Lunatic asylums Bombay report 1891-1903 - 1891-1903
Year: 1891
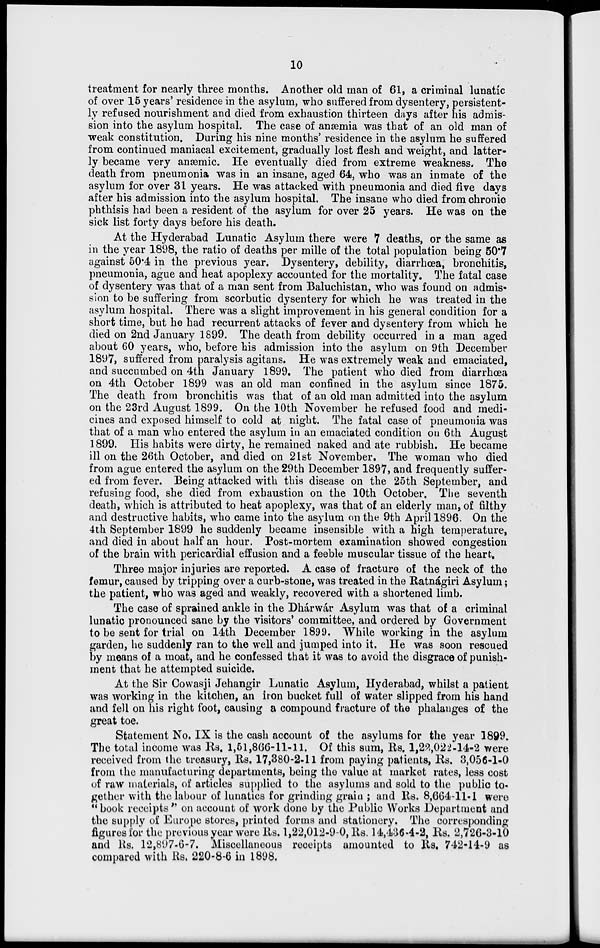
10
treatment for nearly three months. Another old man of 61, a criminal lunatic
of over 15 years' residence in the asylum, who suffered from dysentery, persistent-
ly refused nourishment and died from exhaustion thirteen days after his admis-
sion into the asylum hospital. The case of anæmia was that of an old man of
weak constitution. During his nine months' residence in the asylum he suffered
from continued maniacal excitement, gradually lost flesh and weight, and latter-
ly became very anæmic. He eventually died from extreme weakness. The
death from pneumonia was in an insane, aged 64, who was an inmate of the
asylum for over 31 years. He was attacked with pneumonia and died five days
after his admission into the asylum hospital. The insane who died from chronic
phthisis had been a resident of the asylum for over 25 years. He was on the
sick list forty days before his death.
At the Hyderabad Lunatic Asylum there were 7 deaths, or the same as
in the year 1898, the ratio of deaths per mille of the total population being 50.7
against 50.4 in the previous year. Dysentery, debility, diarrhœa, bronchitis,
pneumonia, ague and heat apoplexy accounted for the mortality. The fatal case
of dysentery was that of a man sent from Baluchistan, who was found on admis-
sion to be suffering from scorbutic dysentery for which he was treated in the
asylum hospital. There was a slight improvement in his general condition for a
short time, but he had recurrent attacks of fever and dysentery from which he
died on 2nd January 1899. The death from debility occurred in a man aged
about 60 years, who, before his admission into the asylum on 9th December
1897, suffered from paralysis agitans. He was extremely weak and emaciated,
and succumbed on 4th January 1899. The patient who died from diarrhœa
on 4th October 1899 was an old man confined in the asylum since 1875.
The death from bronchitis was that of an old man admitted into the asylum
on the 23rd August 1899. On the 10th November he refused food and medi-
cines and exposed himself to cold at night. The fatal case of pneumonia was
that of a man who entered the asylum in an emaciated condition on 6th August
1899. His habits were dirty, he remained naked and ate rubbish. He became
ill on the 26th October, and died on 21st November. The woman who died
from ague entered the asylum on the 29th December 1897, and frequently suffer-
ed from fever. Being attacked with this disease on the 25th September, and
refusing food, she died from exhaustion on the 10th October. The seventh
death, which is attributed to heat apoplexy, was that of an elderly man, of filthy
and destructive habits, who came into the asylum on the 9th April 1896. On the
4th September 1899 he suddenly became insensible with a high temperature,
and died in about half an hour. Post-mortem examination showed congestion
of the brain with pericardial effusion and a feeble muscular tissue of the heart.
Three major injuries are reported. A case of fracture of the neck of the
femur, caused by tripping over a curb-stone, was treated in the Ratnágiri Asylum ;
the patient, who was aged and weakly, recovered with a shortened limb.
The case of sprained ankle in the Dhárwár Asylum was that of a criminal
lunatic pronounced sane by the visitors' committee, and ordered by Government
to be sent for trial on 14th December 1899. While working in the asylum
garden, he suddenly ran to the well and jumped into it. He was soon rescued
by means of a moat, and he confessed that it was to avoid the disgrace of punish-
ment that he attempted suicide.
At the Sir Cowasji Jehangir Lunatic Asylum, Hyderabad, whilst a patient
was working in the kitchen, an iron bucket full of water slipped from his hand
and fell on his right foot, causing a compound fracture of the phalanges of the
great toe.
Statement No. IX is the cash account of the asylums for the year 1899.
The total income was Rs. 1,51,866-11-11. Of this sum, Rs. 1,22,022-14-2 were
received from the treasury, Rs. 17,380-2-11 from paying patients, Rs. 3,056-1-0
from the manufacturing departments, being the value at market rates, less cost
of raw materials, of articles supplied to the asylums and sold to the public to-
gether with the labour of lunatics for grinding grain ; and Rs. 8,664-11-1 were
" book receipts " on account of work done by the Public Works Department and
the supply of Europe stores, printed forms and stationery. The corresponding
figures for the previous year were Rs. 1,22,012-9-0, Rs. 14,436-4-2, Rs. 2,726-3-10
and Rs. 12,897-6-7. Miscellaneous receipts amounted to Rs. 742-14-9 as
compared with Rs. 220-8-6 in 1898.